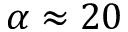
\alpha \approx 2 0